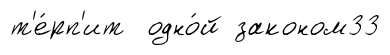
т'е́рп'ит одно́й законом33